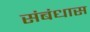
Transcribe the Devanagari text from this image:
संबंधास